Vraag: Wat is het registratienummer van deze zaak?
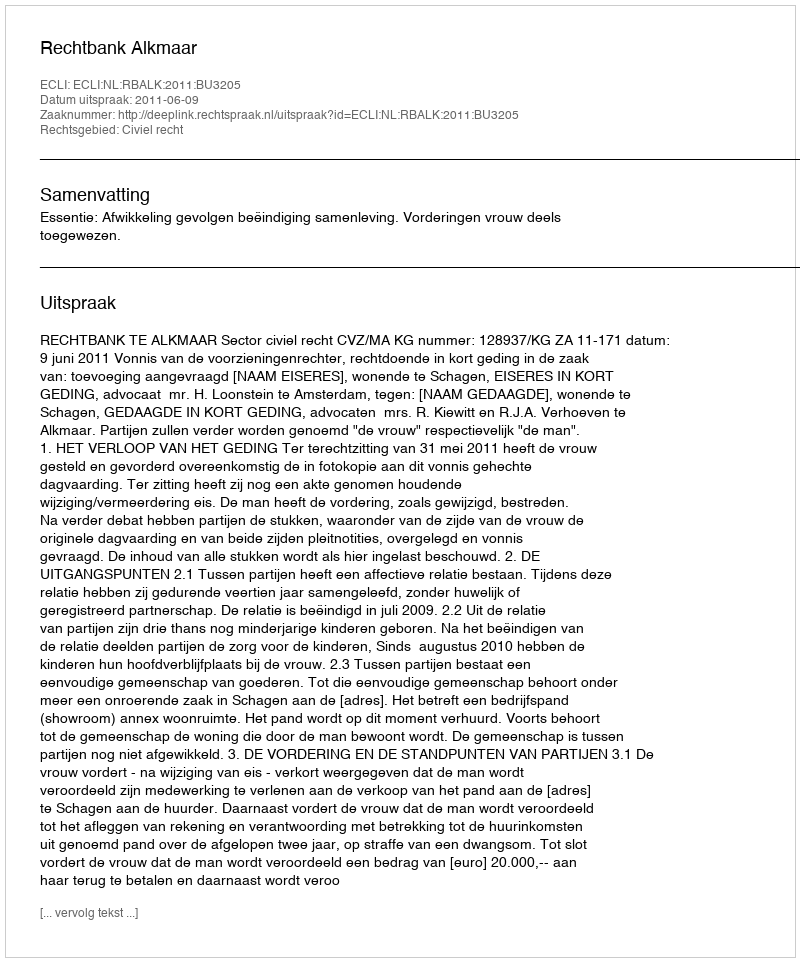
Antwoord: http://deeplink.rechtspraak.nl/uitspraak?id=ECLI:NL:RBALK:2011:BU3205